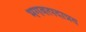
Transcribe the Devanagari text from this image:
भगवत्पदाप्रत